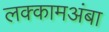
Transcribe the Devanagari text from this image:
लक्कामअंबा